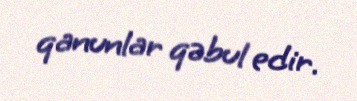
qanunlar qəbul edir.